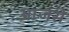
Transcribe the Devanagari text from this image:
आजसे